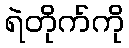
ရဲတိုက်ကို